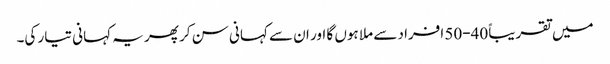
میں تقریباً 40-50 افراد سے ملا ہوں گا اور ان سے کہانی سن کر پھر یہ کہانی تیار کی۔